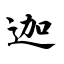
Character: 迦